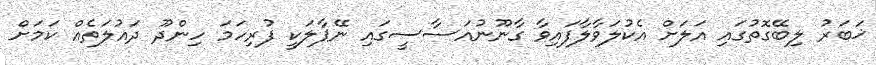
ޚަބަރު ލިބޭގޮތުގައި އަލަށް އެކުލަވާލާފައިވާ ގާނޫނުއަސާސީގައި ނޭޕާލަކީ ފުރިހަމަ ހިންދޫ ދައުލަތެއް ކަމަށް